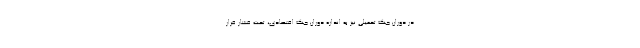
در دوران جنگ تحمیلی نیز به اندازه دوران جنگ اقتصادی، تحت فشار قرار